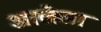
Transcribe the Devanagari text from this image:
अालेला